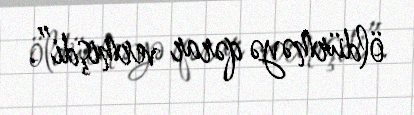
öldürməyə qərar vermişdi”.